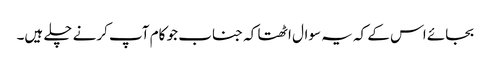
بجائے اس کے کہ یہ سوال اٹھتا کہ جناب جو کام آپ کرنے چلے ہیں۔